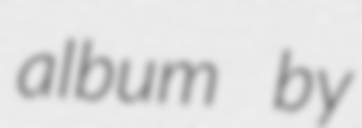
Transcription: album by